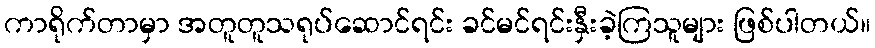
ကာရိုက်တာမှာ အတူတူသရုပ်ဆောင်ရင်း ခင်မင်ရင်းနှီးခဲ့ကြသူများ ဖြစ်ပါတယ်။